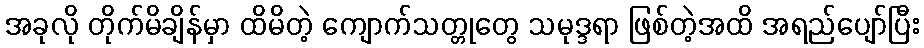
အခုလို တိုက်မိချိန်မှာ ထိမိတဲ့ ကျောက်သတ္တုတွေ သမုဒ္ဒရာ ဖြစ်တဲ့အထိ အရည်ပျော်ပြီး